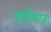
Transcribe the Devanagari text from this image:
राहीवाड़ा